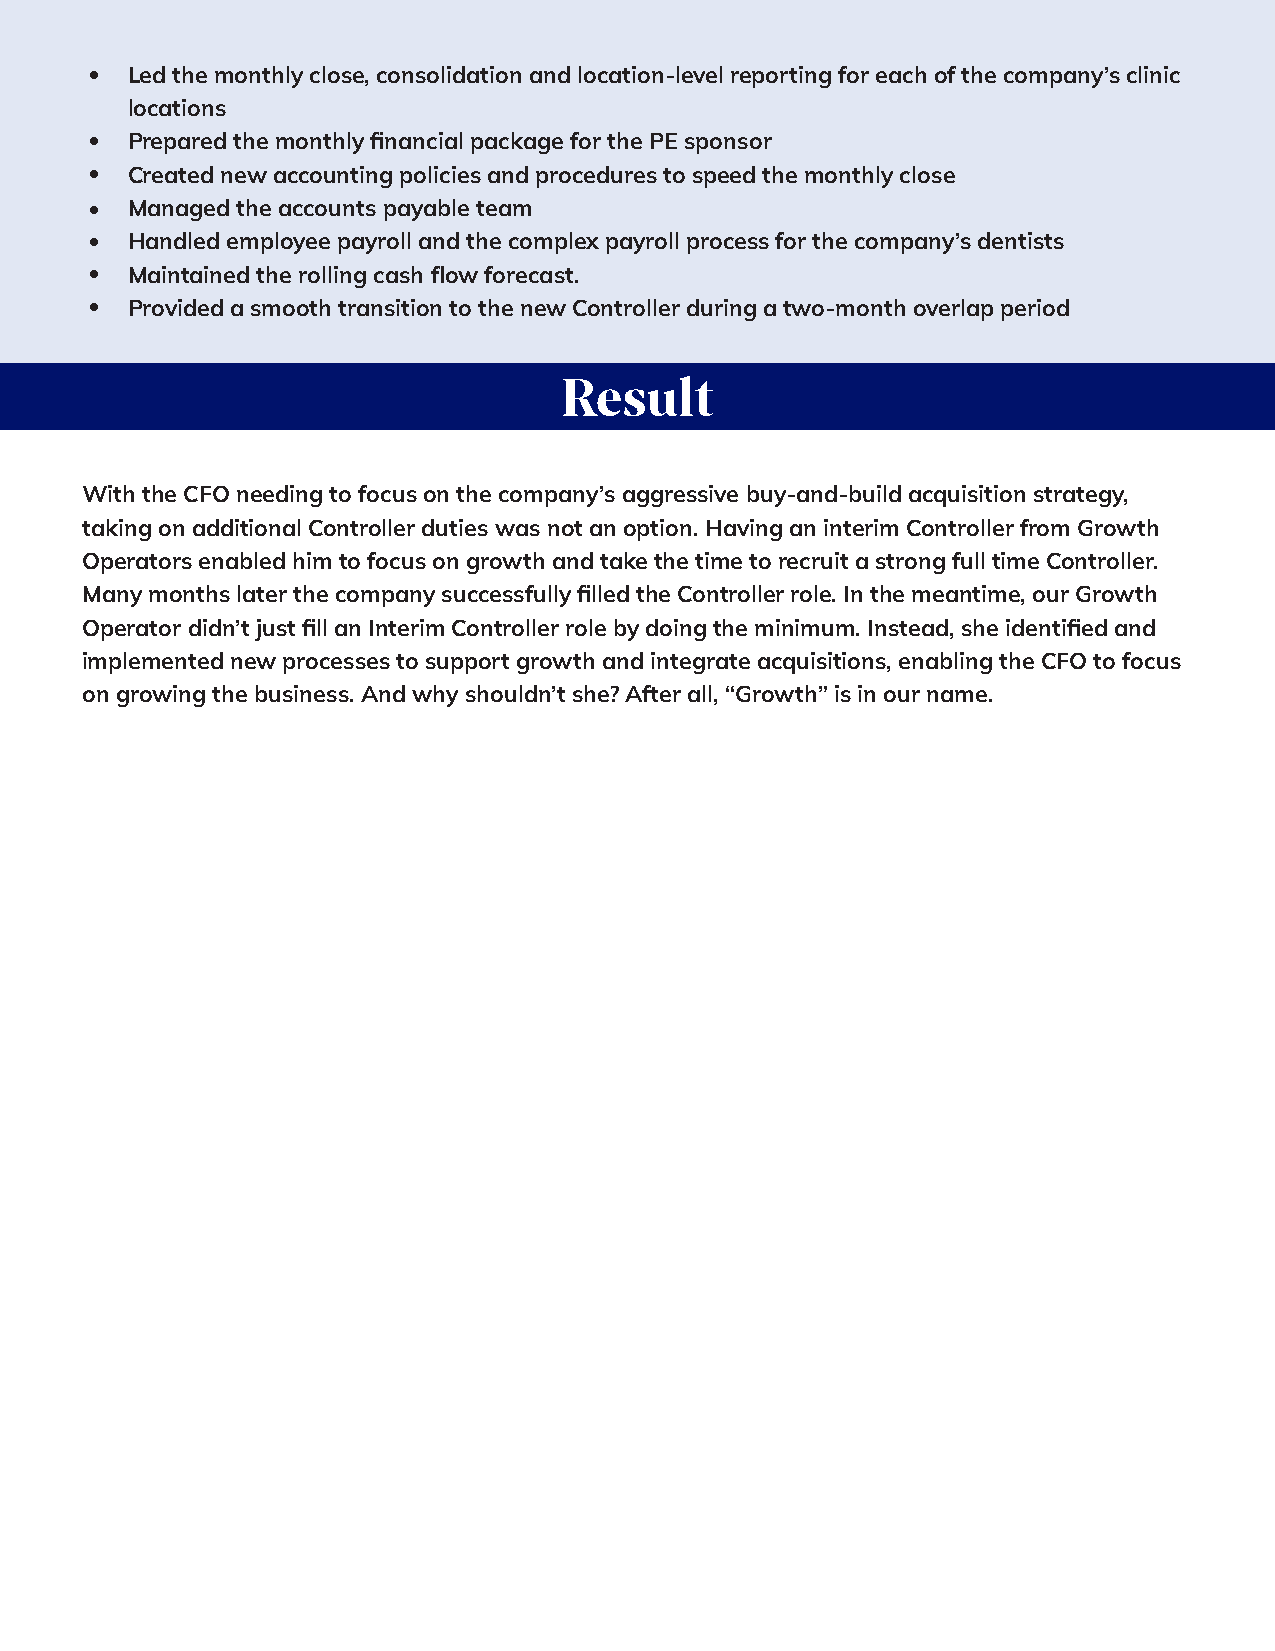
• Led the monthly close, consolidation and location-level reporting for each of the company’s clinic
 locations
 • Prepared the monthly financial package for the PE sponsor
 • Created new accounting policies and procedures to speed the monthly close
 • Managed the accounts payable team
 • Handled employee payroll and the complex payroll process for the company’s dentists
 • Maintained the rolling cash flow forecast.
 • Provided a smooth transition to the new Controller during a two-month overlap period
 Result
 With the CFO needing to focus on the company’s aggressive buy-and-build acquisition strategy,
 taking on additional Controller duties was not an option. Having an interim Controller from Growth
 Operators enabled him to focus on growth and take the time to recruit a strong full time Controller.
 Many months later the company successfully filled the Controller role. In the meantime, our Growth
 Operator didn’t just fill an Interim Controller role by doing the minimum. Instead, she identified and
 implemented new processes to support growth and integrate acquisitions, enabling the CFO to focus
 on growing the business. And why shouldn’t she? After all, “Growth” is in our name.